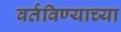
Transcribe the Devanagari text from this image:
वर्तविण्याच्या